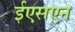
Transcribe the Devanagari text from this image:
ईएसएन